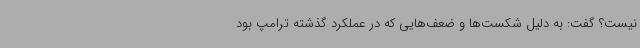
نیست؟ گفت: به دلیل شکست‌ها و ضعف‌هایی که در عملکرد گذشته ترامپ بود